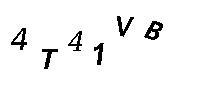
4T41VB